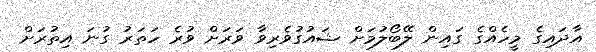
އާދައިގެ މީހެއްގެ ގައިން ލޭބޯލުމަށް ޝައުގުވެރިވާ ވަރަށް ވުރެ ހަތަރު ގުނަ އިތުރަށް